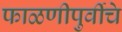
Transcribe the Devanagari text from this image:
फाळणीपुर्वीचे